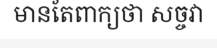
មានតែពាក្យថា សច្ចវា